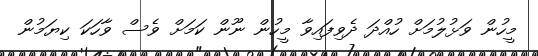
މީހުން ވަޅުލުމަށް ހުއްދަ ދެވިފައިވާ މީހުން ނޫން ކަމަށް ވެސް ވާހަކަ ކިޔަމުން